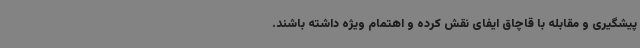
پیشگیری و مقابله با قاچاق ایفای نقش کرده و اهتمام ویژه داشته باشند.